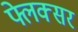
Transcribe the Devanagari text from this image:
फ्लेक्सर